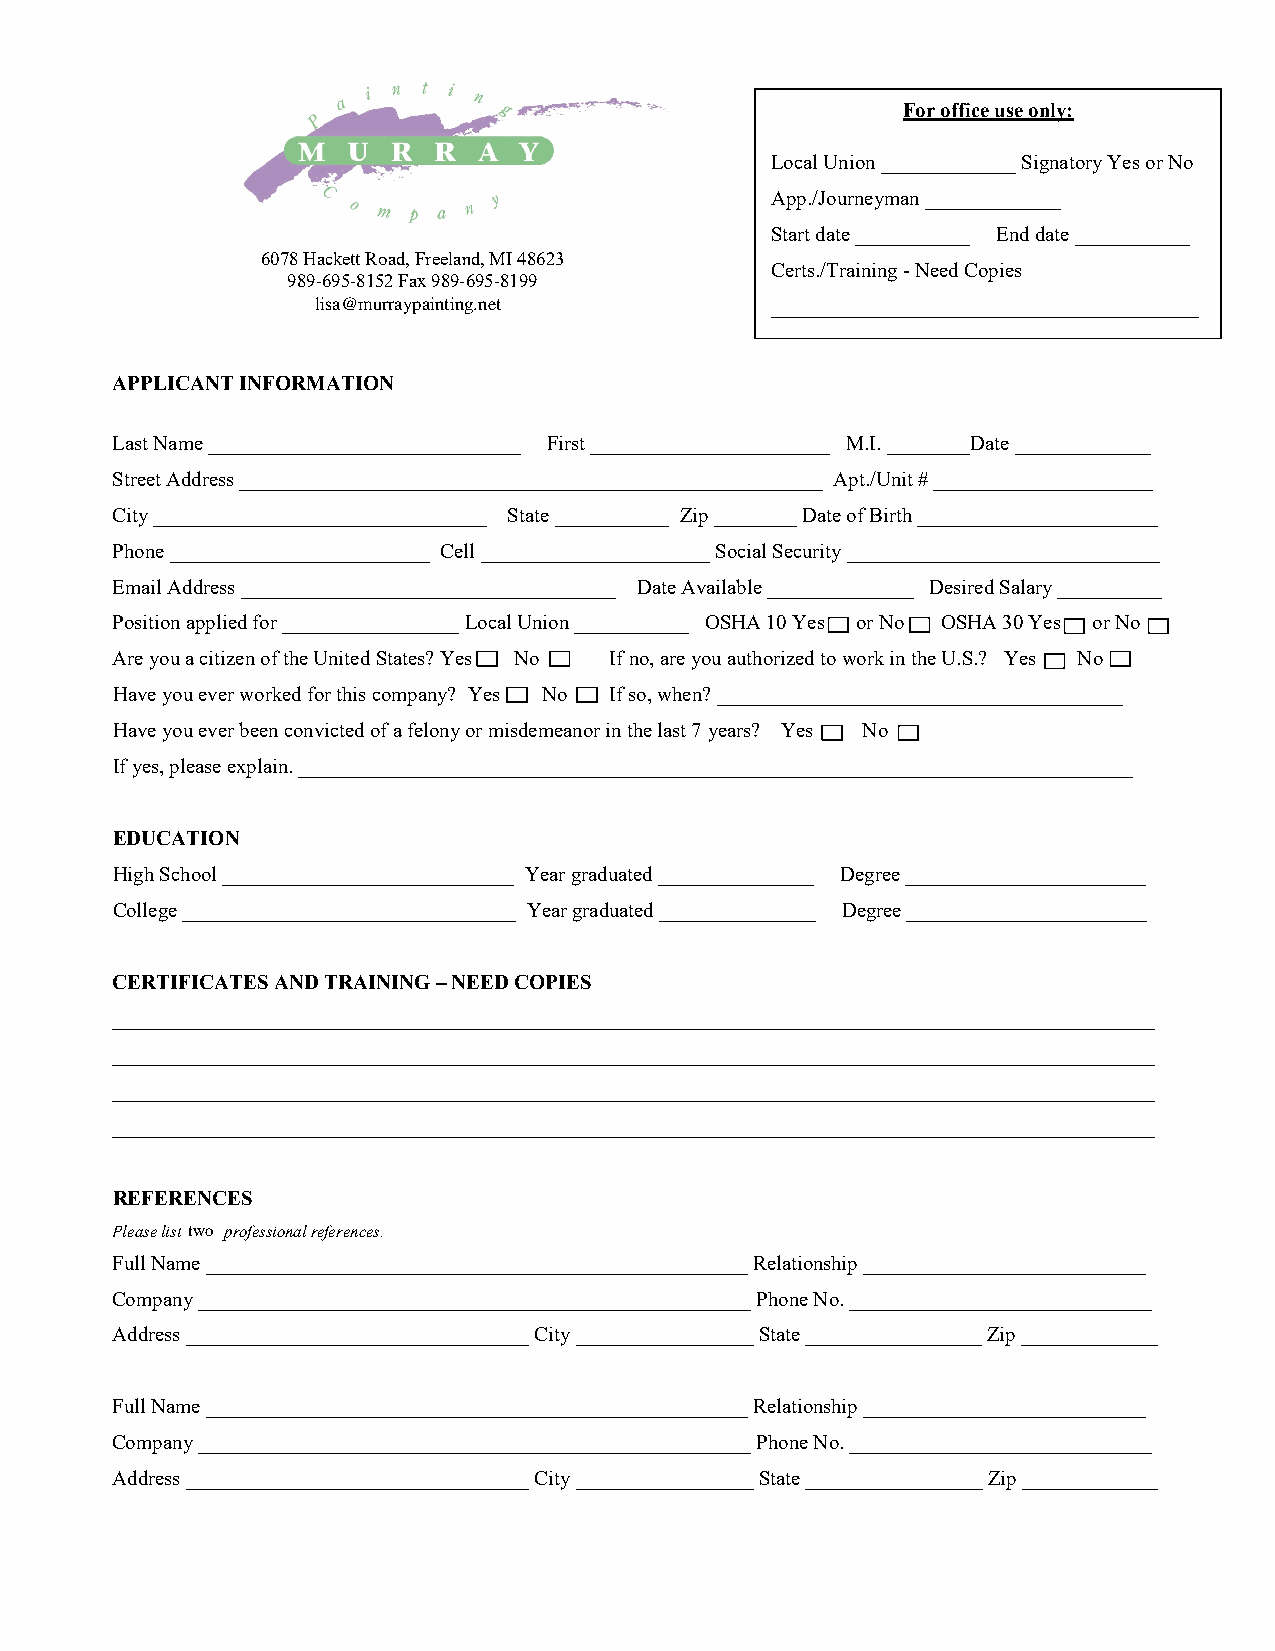
For office use only:
 Local Union _____________ Signatory Yes or No
 App./Journeyman _____________
 Start date ___________ End date ___________
 6078 Hackett Road, Freeland, MI 48623
 Certs./Training - Need Copies
 989-695-8152 Fax 989-695-8199
 lisa@murraypainting.net       _________________________________________
 APPLICANT INFORMATION
 Last Name ______________________________ First _______________________ M.I. ________Date _____________
 Street Address ________________________________________________________ Apt./Unit # _____________________
 City ________________________________ State ___________ Zip ________ Date of Birth _______________________
 Phone _________________________ Cell ______________________ Social Security ______________________________
 Email Address ____________________________________ Date Available ______________ Desired Salary __________
 Position applied for _________________ Local Union ___________ OSHA 10 Yes or No OSHA 30 Yes or No
 Are you a citizen of the United States? Yes No If no, are you authorized to work in the U.S.? Yes No
 Have you ever worked for this company? Yes No If so, when? _______________________________________
 Have you ever been convicted of a felony or misdemeanor in the last 7 years? Yes No
 If yes, please explain. ________________________________________________________________________________
 EDUCATION
 High School ____________________________ Year graduated _______________ Degree _______________________
 College ________________________________ Year graduated _______________ Degree _______________________
 CERTIFICATES AND TRAINING – NEED COPIES
 ____________________________________________________________________________________________________
 ____________________________________________________________________________________________________
 ____________________________________________________________________________________________________
 ____________________________________________________________________________________________________
 REFERENCES
 Please list two professional references.
 Full Name ____________________________________________________ Relationship ___________________________
 Company _____________________________________________________ Phone No. _____________________________
 Address _________________________________ City _________________ State _________________ Zip _____________
 Full Name ____________________________________________________ Relationship ___________________________
 Company _____________________________________________________ Phone No. _____________________________
 Address _________________________________ City _________________ State _________________ Zip _____________